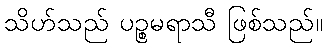
သိဟ်သည် ပဉ္စမရာသီ ဖြစ်သည်။